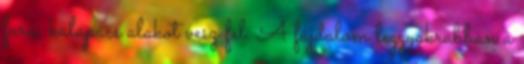
fura, kalapács alakot vesz fel. A fájdalom leggyakrabban a